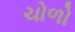
ચોળો